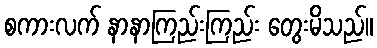
စကားလက် နာနာကြည်းကြည်း တွေးမိသည်။